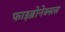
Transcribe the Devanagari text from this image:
फाइब्रोनेक्सस